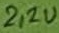
Text: 2,2u